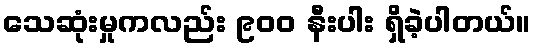
သေဆုံးမှုကလည်း ၉၀၀ နီးပါး ရှိခဲ့ပါတယ်။